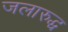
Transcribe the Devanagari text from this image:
जलारुद्ध